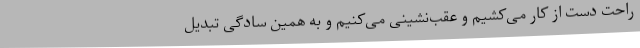
راحت دست از کار می‌کشیم و عقب‌نشینی می‌کنیم و به همین سادگی تبدیل